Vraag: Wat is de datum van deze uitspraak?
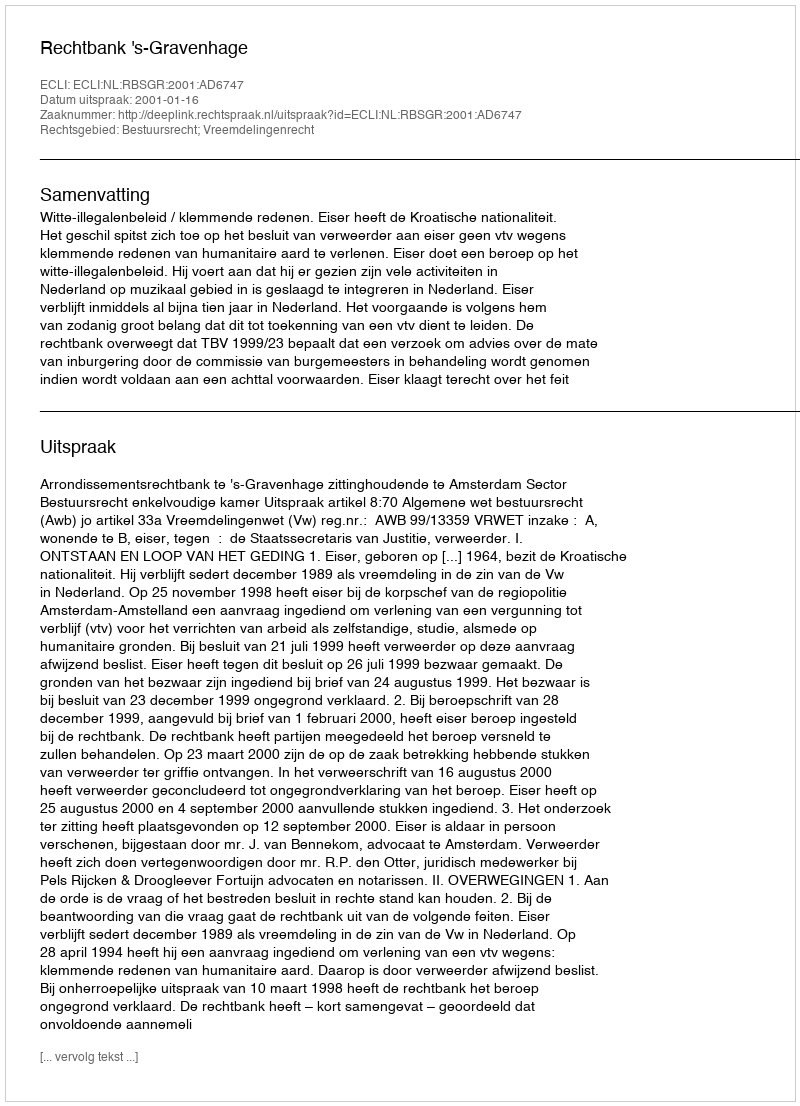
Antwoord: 2001-01-16